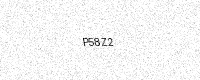
Text: P58Z2